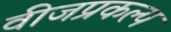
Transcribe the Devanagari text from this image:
वीजप्रकल्प